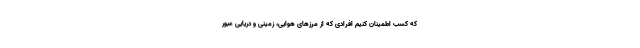
که کسب اطمینان کنیم افرادی که از مرزهای هوایی، زمینی و دریایی عبور